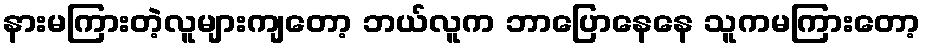
နားမကြားတဲ့လူများကျတော့ ဘယ်လူက ဘာပြောနေနေ သူကမကြားတော့